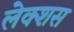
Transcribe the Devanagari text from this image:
लेक्शस